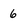
Character: 6